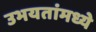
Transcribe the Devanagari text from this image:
उभयतांमध्ये